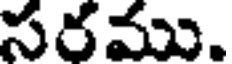
సరము.